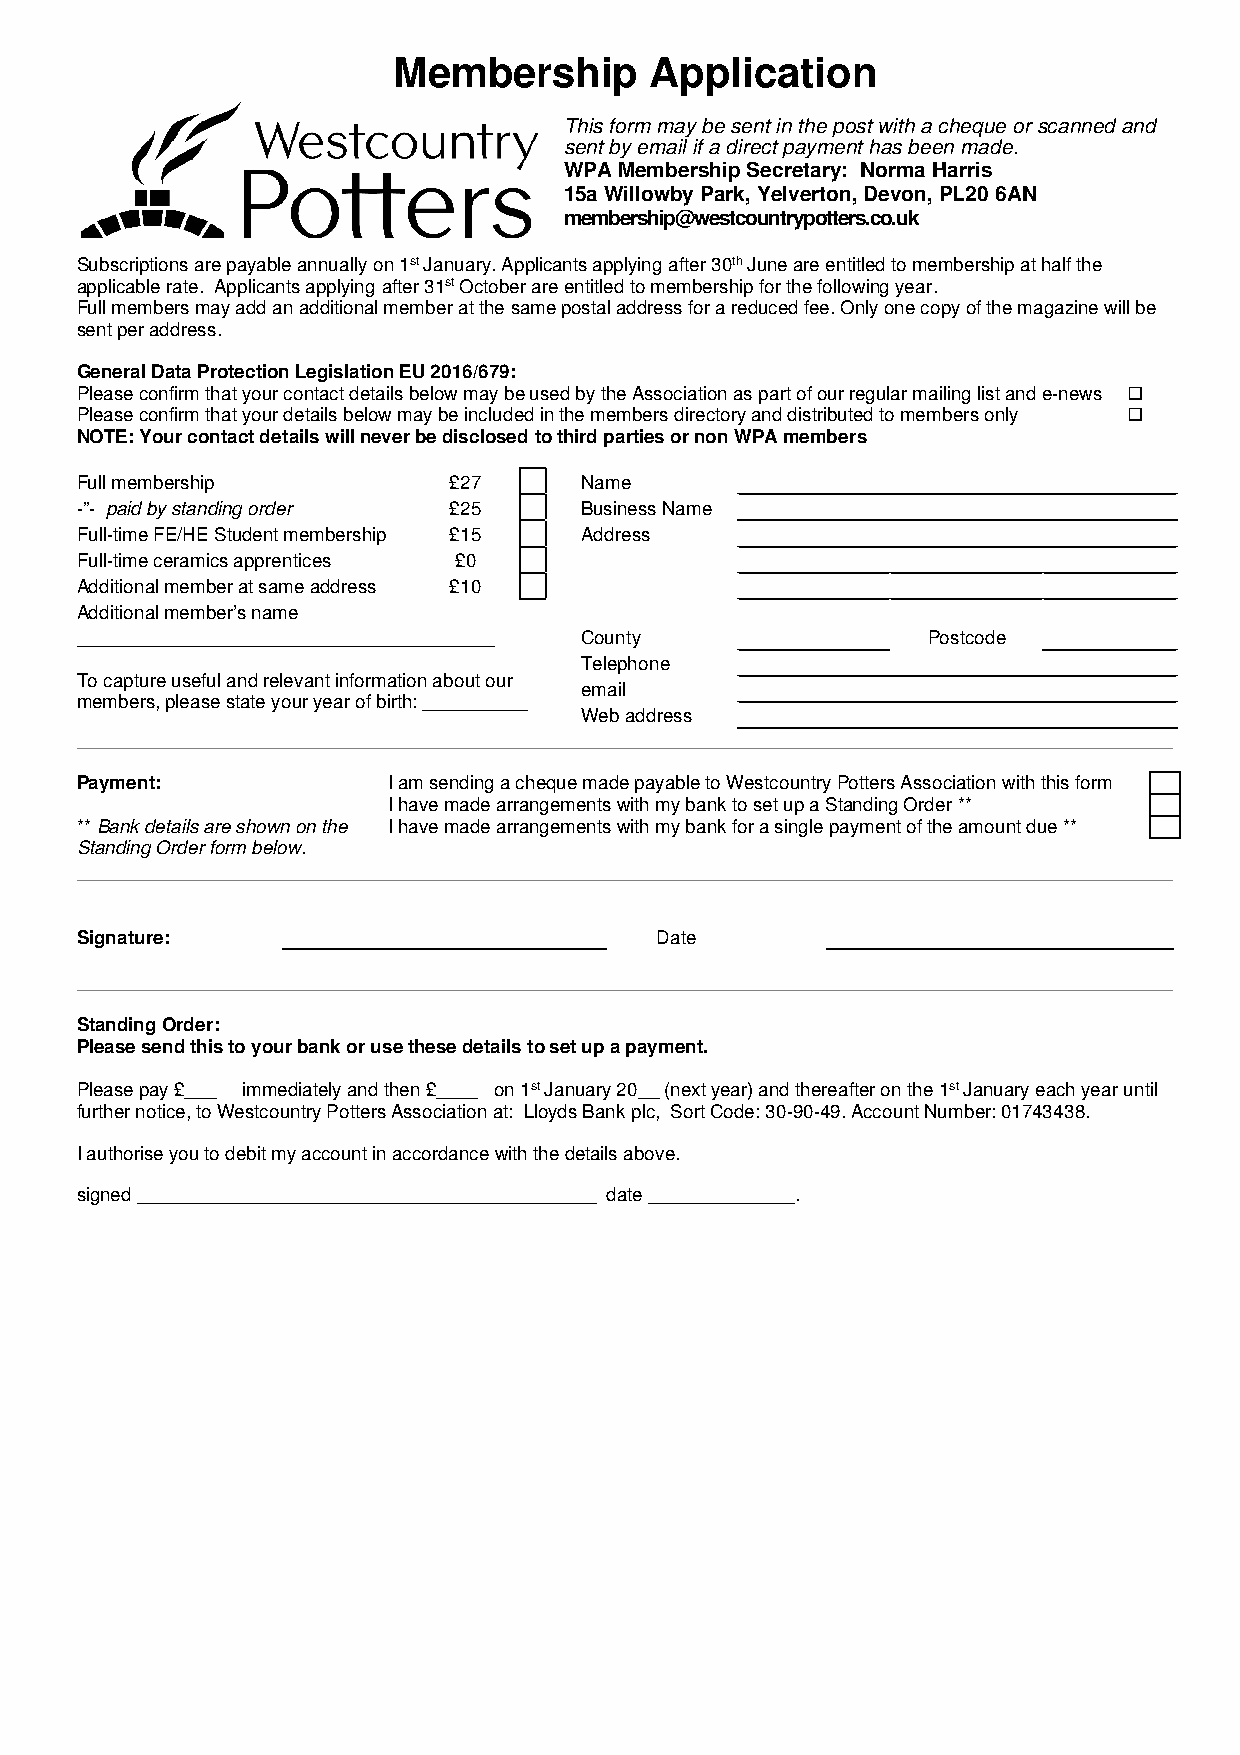
Membership       Application
 This form may be sent in the post with a cheque or scanned and
 sent by email if a direct payment has been made.
 WPA Membership Secretary: Norma Harris
 15a Willowby Park, Yelverton, Devon, PL20 6AN
 membership@westcountrypotters.co.uk
 Subscriptions are payable annually on 1st January. Applicants applying after 30th June are entitled to membership at half the
 applicable rate. Applicants applying after 31st October are entitled to membership for the following year.
 Full members may add an additional member at the same postal address for a reduced fee. Only one copy of the magazine will be
 sent per address.
 General Data Protection Legislation EU 2016/679:
 Please confirm that your contact details below may be used by the Association as part of our regular mailing list and e-news 
 Please confirm that your details below may be included in the members directory and distributed to members only 
 NOTE: Your contact details will never be disclosed to third parties or non WPA members
 Full membership          £27     Name
 -”- paid by standing order £25   Business Name
 Full-time FE/HE Student membership £15 Address
 Full-time ceramics apprentices £0
 Additional member at same address £10
 Additional member’s name
 ________________________________________ County         Postcode
 Telephone
 To capture useful and relevant information about our
 email
 members, please state your year of birth: __________
 Web address
 _________________________________________________________________________________________________________
 Payment:             I am sending a cheque made payable to Westcountry Potters Association with this form
 I have made arrangements with my bank to set up a Standing Order **
 ** Bank details are shown on the I have made arrangements with my bank for a single payment of the amount due **
 Standing Order form below.
 _________________________________________________________________________________________________________
 Signature:                            Date
 _________________________________________________________________________________________________________
 Standing Order:
 Please send this to your bank or use these details to set up a payment.
 Please pay £___ immediately and then £____ on 1st January 20__ (next year) and thereafter on the 1st January each year until
 further notice, to Westcountry Potters Association at: Lloyds Bank plc, Sort Code: 30-90-49. Account Number: 01743438.
 I authorise you to debit my account in accordance with the details above.
 signed ____________________________________________ date ______________.